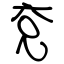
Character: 兗